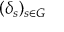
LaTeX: ( \delta _ { s } ) _ { s \in G }